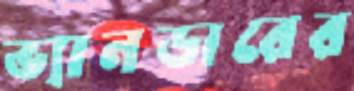
ভ্যানডারের